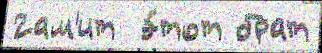
2ам'ит  э́тот брат